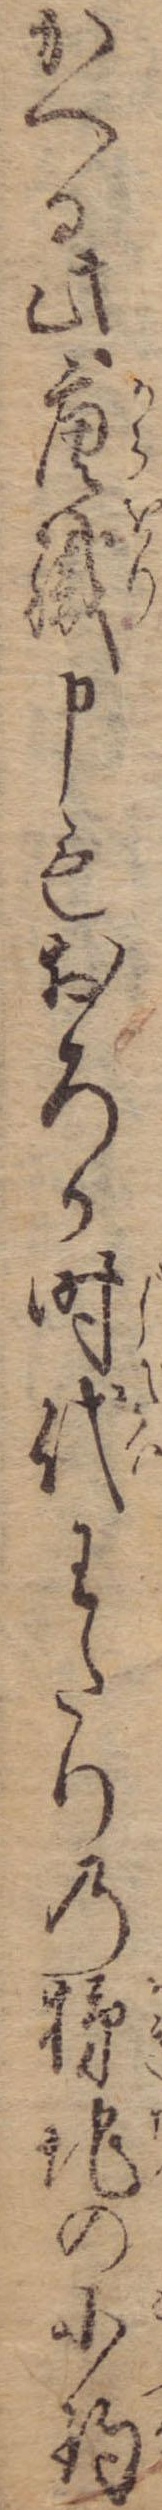
かへる此唐織申もおろか時代わたりの地の小釣